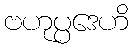
ဗဟုပ္ပဒေဟိ